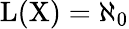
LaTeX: \mathrm{{{L}(X)=\aleph_{0}}}